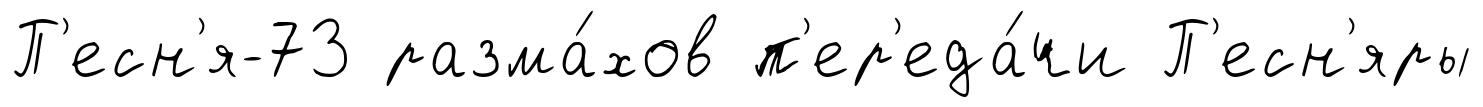
П'есн'я-73 разма́хов п'ер'еда́чи П'есн'яры